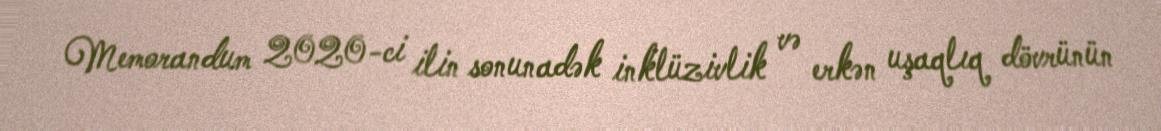
Memorandum 2020-ci ilin sonunadək inklüzivlik və erkən uşaqlıq dövrünün